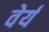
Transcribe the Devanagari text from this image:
वेर्य